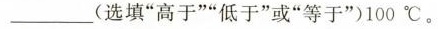
___(选填“高于”“低于”或”等于”)100℃。